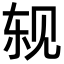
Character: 𬢈